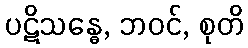
ပဋိသန္ဓေ, ဘဝင်, စုတိ